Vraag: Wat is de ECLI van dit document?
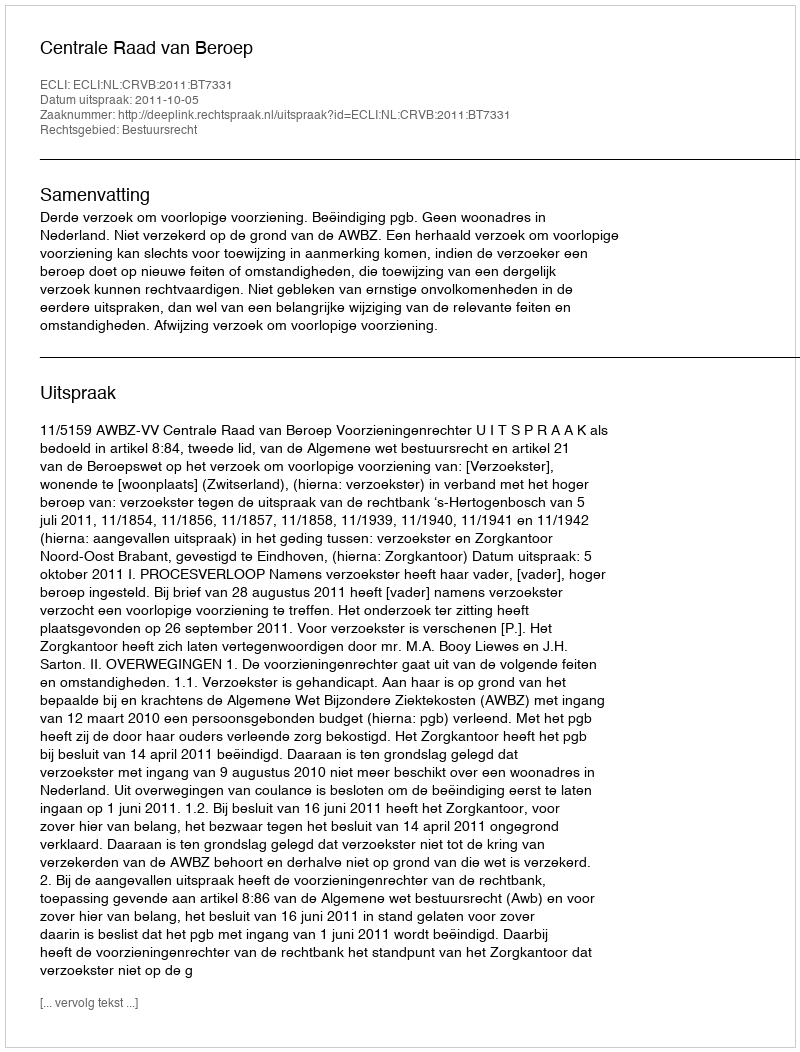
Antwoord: ECLI:NL:CRVB:2011:BT7331